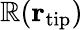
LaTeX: \mathbb{R}({\mathbf{r}}_{\mathrm{{tip}}})